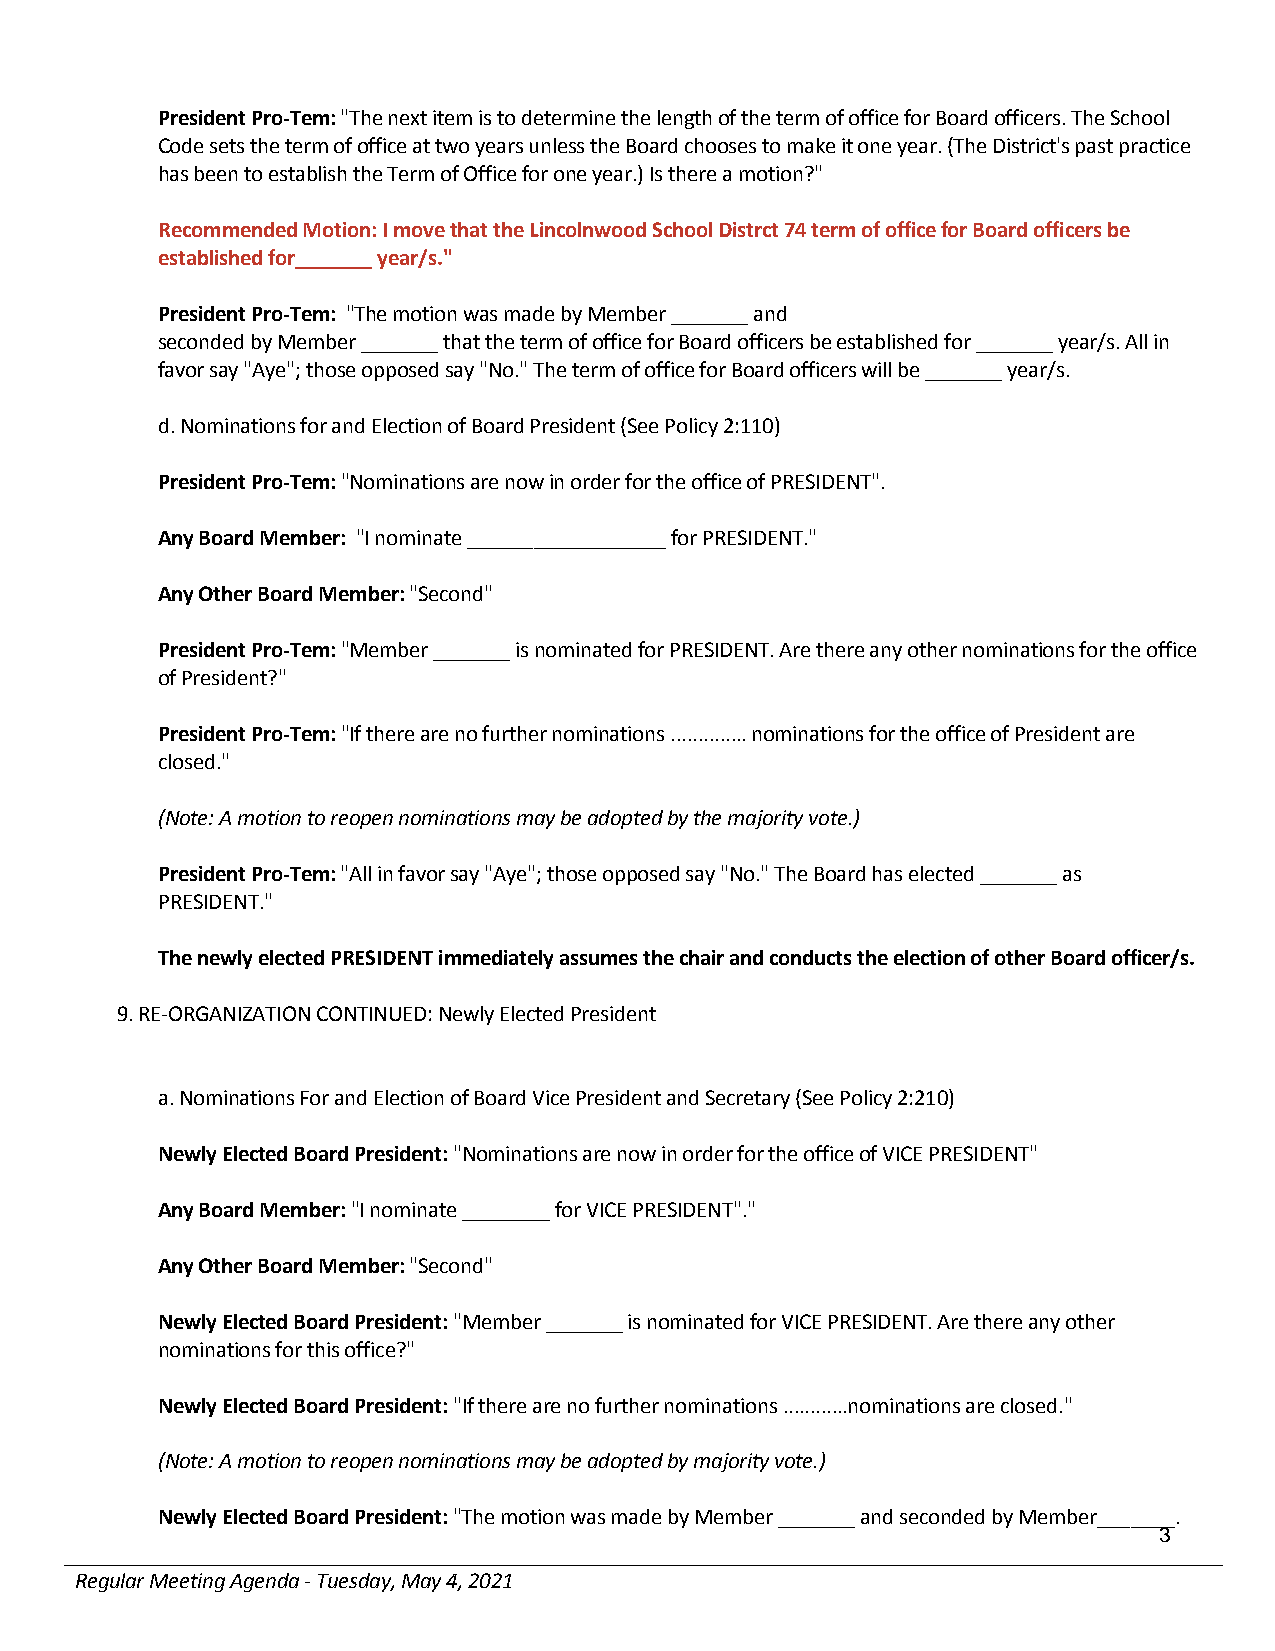
President Pro-Tem: "The next item is to determine the length of the term of office for Board officers. The School
 Code sets the term of office at two years unless the Board chooses to make it one year. (The District's past practice
 has been to establish the Term of Office for one year.) Is there a motion?"
 Recommended Motion: I move that the Lincolnwood School Distrct 74 term of office for Board officers be
 established for_______ year/s."
 President Pro-Tem: "The motion was made by Member _______ and
 seconded by Member _______ that the term of office for Board officers be established for _______ year/s. All in
 favor say "Aye"; those opposed say "No." The term of office for Board officers will be _______ year/s.
 d. Nominations for and Election of Board President (See Policy 2:110)
 President Pro-Tem: "Nominations are now in order for the office of PRESIDENT".
 Any Board Member: "I nominate __________________ for PRESIDENT."
 Any Other Board Member: "Second"
 President Pro-Tem: "Member _______ is nominated for PRESIDENT. Are there any other nominations for the office
 of President?"
 President Pro-Tem: "If there are no further nominations .............. nominations for the office of President are
 closed."
 (Note: A motion to reopen nominations may be adopted by the majority vote.)
 President Pro-Tem: "All in favor say "Aye"; those opposed say "No." The Board has elected _______ as
 PRESIDENT."
 The newly elected PRESIDENT immediately assumes the chair and conducts the election of other Board officer/s.
 9. RE-ORGANIZATION CONTINUED: Newly Elected President
 a. Nominations For and Election of Board Vice President and Secretary (See Policy 2:210)
 Newly Elected Board President: "Nominations are now in order for the office of VICE PRESIDENT"
 Any Board Member: "I nominate ________ for VICE PRESIDENT"."
 Any Other Board Member: "Second"
 Newly Elected Board President: "Member _______ is nominated for VICE PRESIDENT. Are there any other
 nominations for this office?"
 Newly Elected Board President: "If there are no further nominations ............nominations are closed."
 (Note: A motion to reopen nominations may be adopted by majority vote.)
 Newly Elected Board President: "The motion was made by Member _______ and seconded by Member_______.
 3
 Regular Meeting Agenda - Tuesday, May 4, 2021